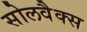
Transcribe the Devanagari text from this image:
सोलवैक्स